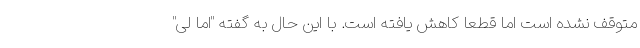
متوقف نشده است اما قطعا كاهش یافته است. با این حال به گفته "اما لی"